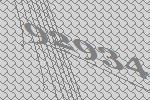
92934